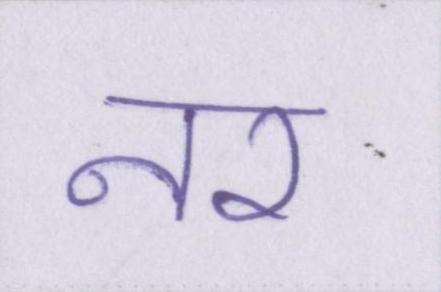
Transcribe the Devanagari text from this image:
नर